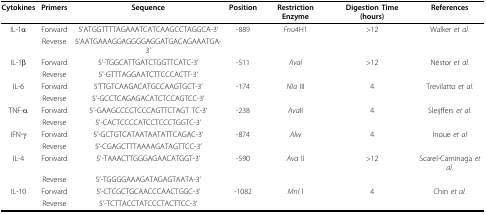
| Cytokines | Primers | Sequence | Position | Restriction Enzyme | Digestion Time (hours) | References |
 | --- | --- | --- | --- | --- | --- | --- |
 | IL-1α | Forward | 5'ATGGTTTTAGAAATCATCAAGCCTAGGCA-3' | -889 | Fnu4H1 | >12 | Walker et al. |
 |  | Reverse | 5'AATGAAAGGAGGGGAGGATGACAGAAATGA-3' |  |  |  |  |
 | IL-1β | Forward | 5'-TGGCATTGATCTGGTTCATC-3' | -511 | Aval | >12 | Néstor et al. |
 |  | Reverse | 5'-GTTTAGGAATCTTCCCACTT-3' |  |  |  |  |
 | IL-6 | Forward | 5'TTGTCAAGACATGCCAAGTGCT-3' | -174 | Nla III | 4 | Trevilatto et al. |
 |  | Reverse | 5'-GCCTCAGAGACATCTCCAGTCC-3' |  |  |  |  |
 | TNF-α | Forward | 5'-GAAGCCCCTCCCAGTTCTAGT TC-3' | -238 | AvaII | 4 | Sleijffers et al. |
 |  | Reverse | 5'-CACTCCCCATCCTCCCTGGTC-3' |  |  |  |  |
 | IFN-γ | Forward | 5'-GCTGTCATAATAATATTCAGAC-3' | -874 | Alw | 4 | Inoue et al |
 |  | Reverse | 5'-CGAGCTTTAAAAGATAGTTCC-3' |  |  |  |  |
 | IL-4 | Forward | 5'-TAAACTTGGGAGAACATGGT-3' | -590 | Ava II | >12 | Scarel-Caminaga et al. |
 |  | Reverse | 5'-TGGGGAAAGATAGAGTAATA-3' |  |  |  |  |
 | IL-10 | Forward | 5'-CTCGCTGCAACCCAACTGGC-3' | -1082 | Mnl I | 4 | Chin et al. |
 |  | Reverse | 5'-TCTTACCTATCCCTACTTCC-3' |  |  |  |  |